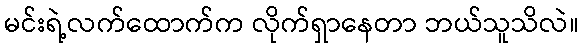
မင်းရဲ့လက်ထောက်က လိုက်ရှာနေတာ ဘယ်သူသိလဲ။